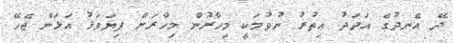
ދޭ އެނދުގެ އަދަދު އިތުރު ނުވުމަކީ މިހާރުން މިހާރަށް ފިޔަވަޅު އަޅަން ޖެހޭ